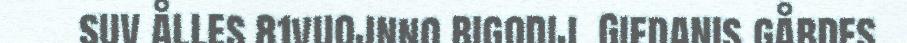
suv ålles 81vuojnno bigodij. Giedanis gåbdes